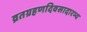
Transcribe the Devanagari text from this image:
व्रतग्रहणदिवसादारभ्य